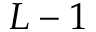
L - 1